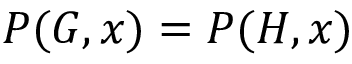
P ( G , x ) = P ( H , x )